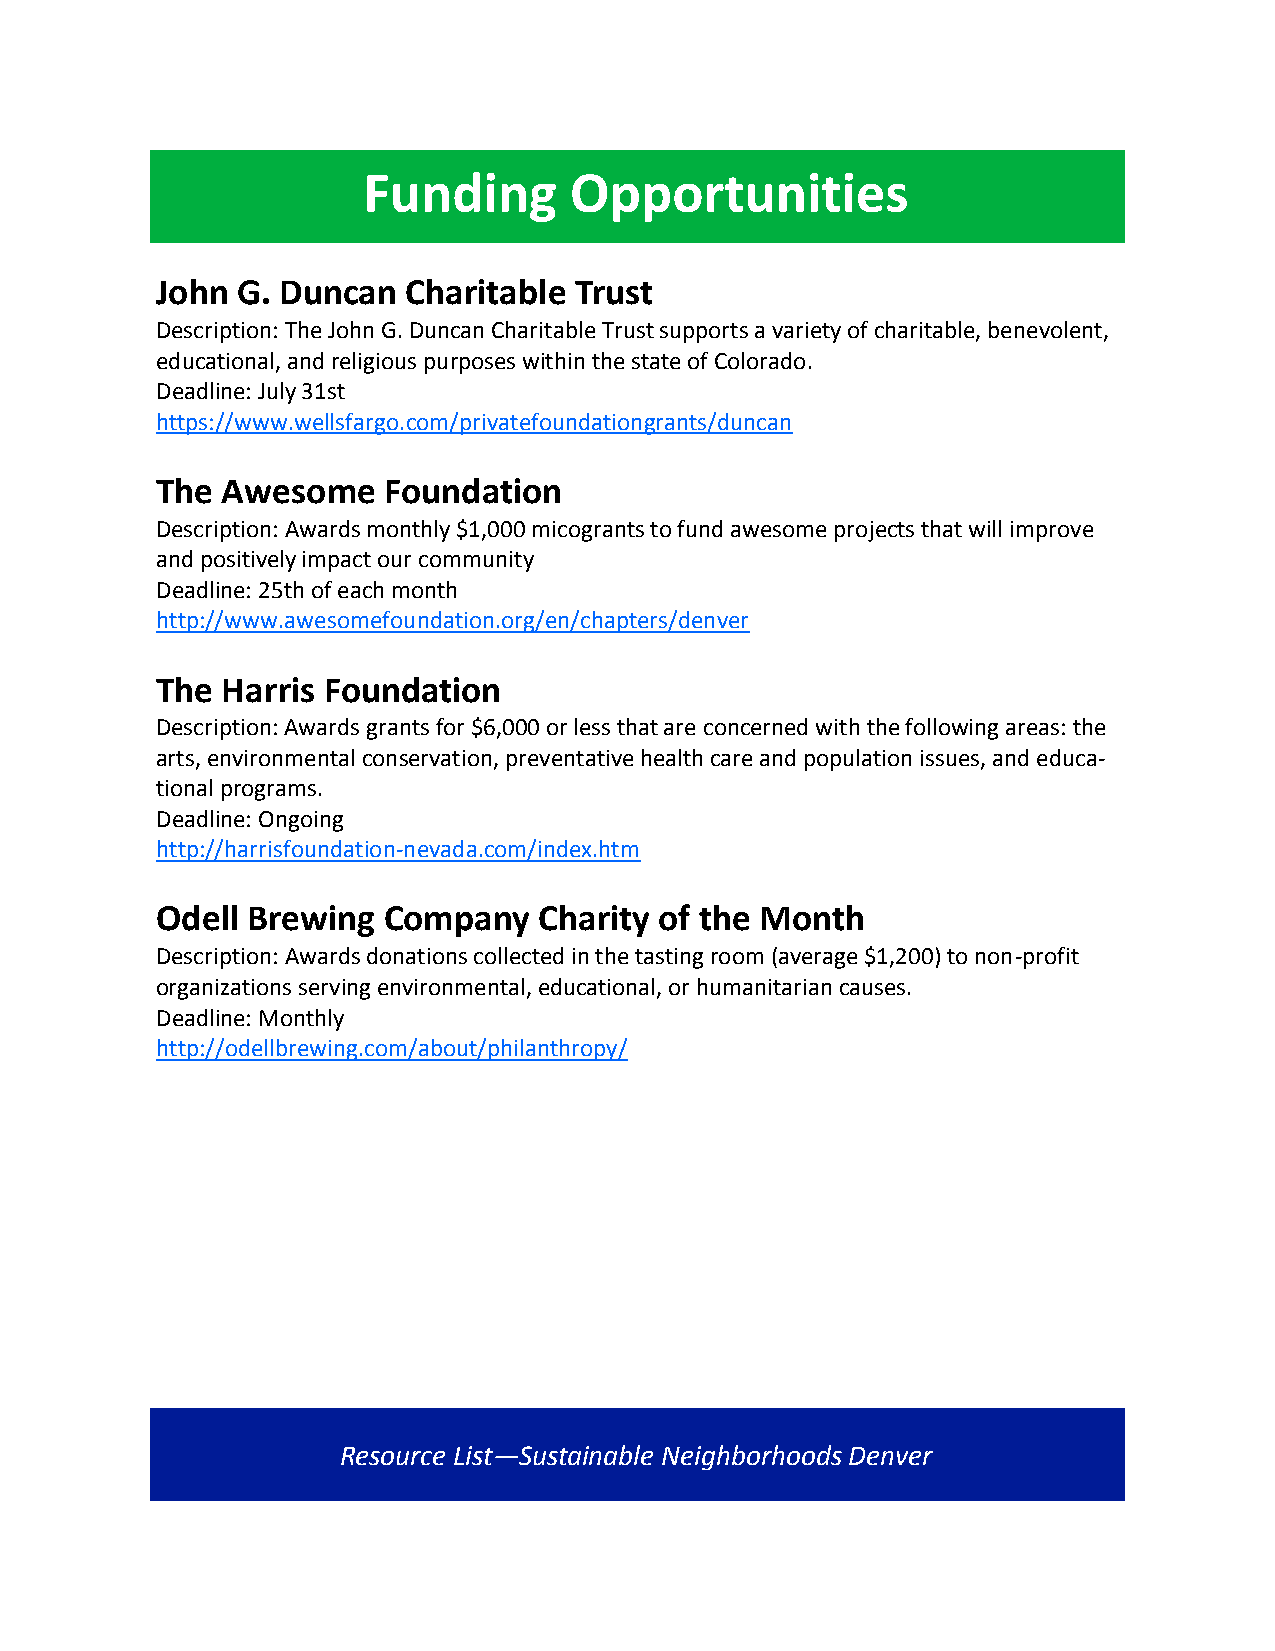
Funding       Opportunities
 John  G. Duncan  Charitable Trust
 Description: The John G. Duncan Charitable Trust supports a variety of charitable, benevolent,
 educational, and religious purposes within the state of Colorado.
 Deadline: July 31st
 https://www.wellsfargo.com/privatefoundationgrants/duncan
 The  Awesome   Foundation
 Description: Awards monthly $1,000 micogrants to fund awesome projects that will improve
 and positively impact our community
 Deadline: 25th of each month
 http://www.awesomefoundation.org/en/chapters/denver
 The  Harris Foundation
 Description: Awards grants for $6,000 or less that are concerned with the following areas: the
 arts, environmental conservation, preventative health care and population issues, and educa-
 tional programs.
 Deadline: Ongoing
 http://harrisfoundation-nevada.com/index.htm
 Odell Brewing  Company    Charity of the Month
 Description: Awards donations collected in the tasting room (average $1,200) to non-profit
 organizations serving environmental, educational, or humanitarian causes.
 Deadline: Monthly
 http://odellbrewing.com/about/philanthropy/
 Resource List—Sustainable Neighborhoods Denver